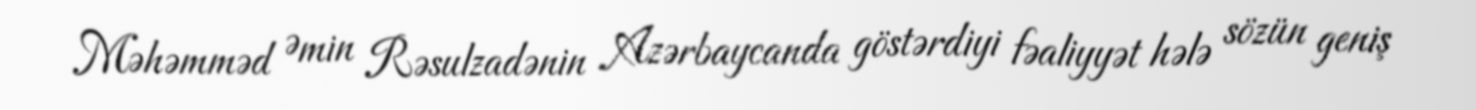
Məhəmməd Əmin Rəsulzadənin Azərbaycanda göstərdiyi fəaliyyət hələ sözün geniş